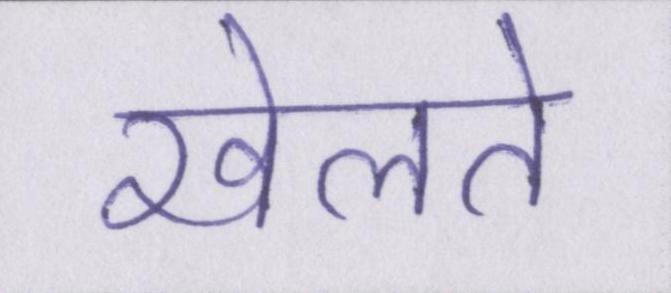
खेलते